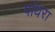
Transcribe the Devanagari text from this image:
पांधरा